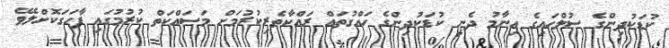
ކުޑަކުދިންގެ ސުލްހައިގެ އިނާމު ދެނީ ކުޑަކުދިންގެ ހައްގުތައް ރައްކާތެރިކުރުމަށް މަސައްކަތް ކުރުމުގައި ފާހަގަކޮށްލެވޭ